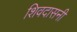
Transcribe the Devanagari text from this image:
शिवदासनी